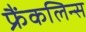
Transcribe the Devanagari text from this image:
फ्रैंकलिन्स